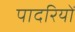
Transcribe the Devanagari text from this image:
पादरियों